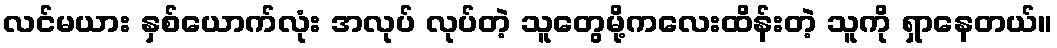
လင်မယား နှစ်ယောက်လုံး အလုပ် လုပ်တဲ့ သူတွေမို့ကလေးထိန်းတဲ့ သူကို ရှာနေတယ်။